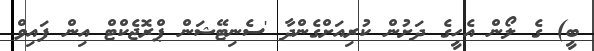
ބީ) ގެ ލޯން އެހީގެ ދަށުން ކުރިއަށްގެންދާ 'ސެނިޓޭޝަން ޕްރޮޖެކްޓް އިން ފައިވް